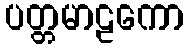
ပတ္တမာဠကော